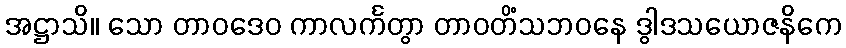
အဋ္ဌာသိ။ သော တာဝဒေဝ ကာလင်္ကတွာ တာဝတိံသဘဝနေ ဒွါဒသယောဇနိကေ